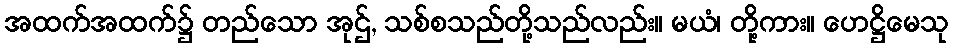
အထက်အထက်၌ တည်သော အုဌ်, သစ်စသည်တို့သည်လည်း။ မယံ၊ တို့ကား။ ဟေဋ္ဌိမေသု